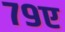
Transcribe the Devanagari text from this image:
७९ए